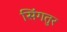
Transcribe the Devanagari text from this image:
सिंगतुर